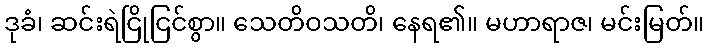
ဒုခံ၊ ဆင်းရဲငြိုငြင်စွာ။ သေတိဝသတိ၊ နေရ၏။ မဟာရာဇ၊ မင်းမြတ်။